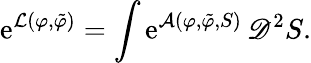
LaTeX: \mathrm{e}^{\mathcal{L}(\varphi,\tilde{\varphi})}=\int\mathrm{e}^{\mathcal{A}(\varphi,\tilde{\varphi},S)}\, \mathscr{D}^{2}S.